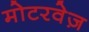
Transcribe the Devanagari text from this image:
मोटरवेज़